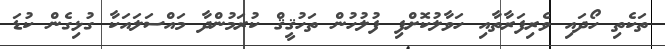
ތަކެތި ހޯދައި ވެރިފަރާތާއި ހަވާލުކޮށްފި ފުލުހުން ތަހުޤީޤް ކުރަމުންދާ މައްސަލައަކާ ގުޅިގެން ކުޑަ